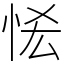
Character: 恡